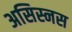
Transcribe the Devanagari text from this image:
असिस्नस